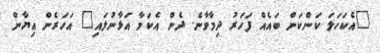
"އެކަހަލަ ކަންކަން ބައެއް ފަހަރު ދިމާވާނެ. ދެން އެކަމާ އަޅާނުލައި" އަހަރެން އިޔާން